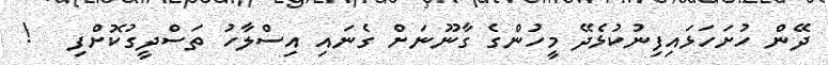
ދޭން ހުށަހަޅައިފިނުކުޅެދޭ މީހުންގެ ގާނޫނަށް ގެނައި އިސްލާހު ތަސްދީގުކޮށްފި   !